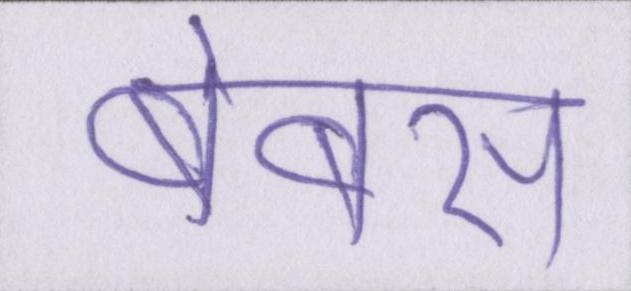
बेबस